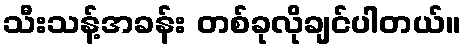
သီးသန့်အခန်း တစ်ခုလိုချင်ပါတယ်။